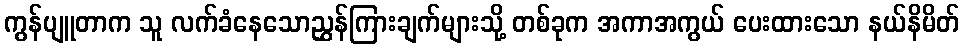
ကွန်ပျူတာက သူ လက်ခံနေသောညွှန်ကြားချက်များသို့ တစ်ခုက အကာအကွယ် ပေးထားသော နယ်နိမိတ်